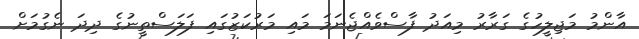
އާންމު މަޖިލީހުގެ ގަރާރު މިއަދު ފާސްވެއްޖެނަމަ މައި މަރުކަޒުގައި ފަލަސްތީނުގެ ދިދަ ނެގުމަށް